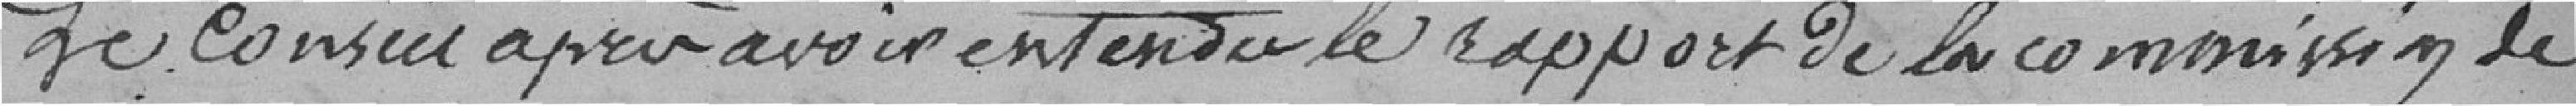
Le Conseil après avoir entendu le rapport de la commission de